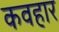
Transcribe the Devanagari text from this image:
कवहार